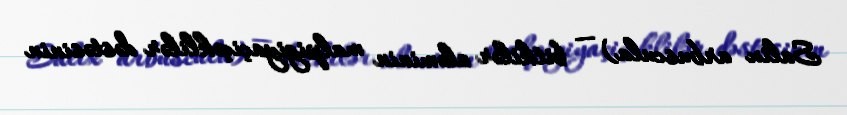
Salix arbuscula) — bitkilər aləminin malpigiyaçiçəklilər dəstəsinin